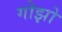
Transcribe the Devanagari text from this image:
गोझो